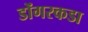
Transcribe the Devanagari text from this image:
डोंगरकडा